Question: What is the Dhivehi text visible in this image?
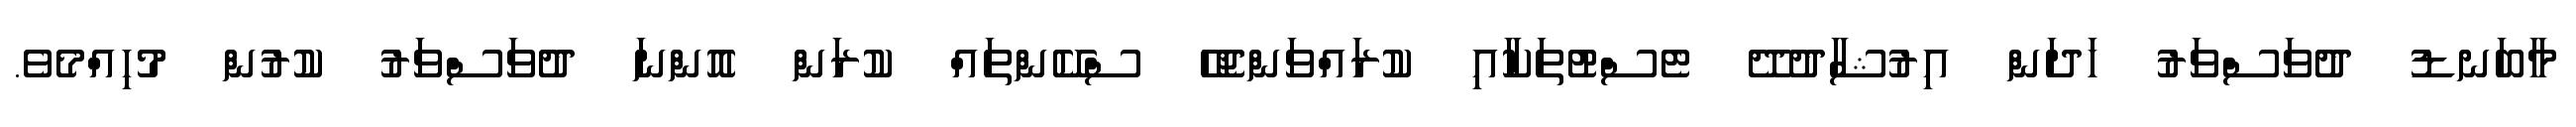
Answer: މާބަނޑު ދުވަސްވަރު ހަދަން އިރުޝާދުދޭ ޓެސްޓުތަކާއި ކުރައްވަންޖެހޭ ސްކޭންތައް ކުރަން އޮންނަ ދުވަސްވަރު ކުރުން މުހިއްމެވެ.